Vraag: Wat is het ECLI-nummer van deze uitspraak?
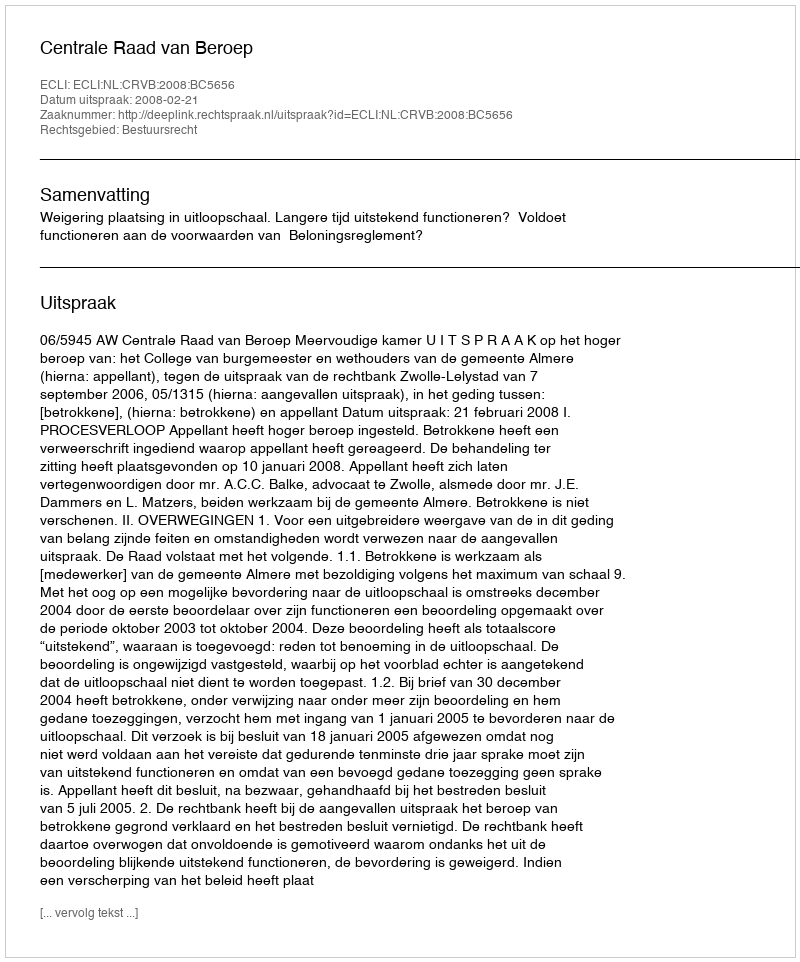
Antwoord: ECLI:NL:CRVB:2008:BC5656